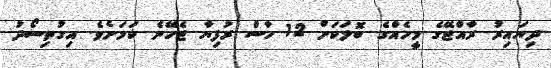
ދިޔައިރު ރާއްޖޭގެ މީހެއްގެ ބޮލަކަށް 12 ހާސް ރުފިޔާ ޖެހޭނެ ކަމަށެވެ. އިގުތިސޯދު